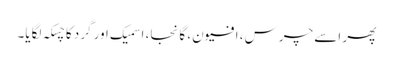
پھر اسے چرس، افیون، گانجا، اسمیک اور گرد کا چسکہ لگایا۔